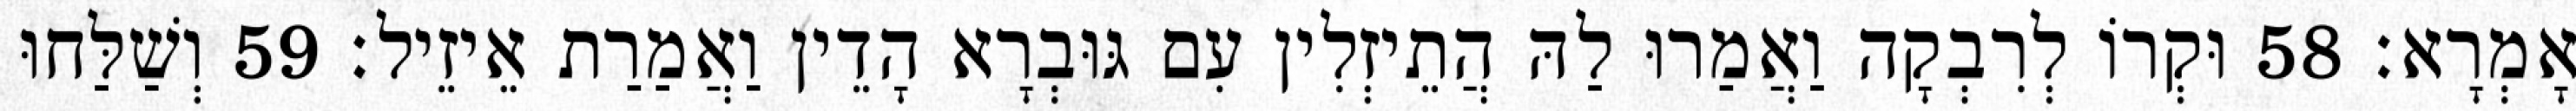
אָמְרָא׃ 58 וּקְרוֹ לְרִבְקָה וַאֲמַרוּ לַהּ הֲתֵיזְלִין עִם גּוּבְרָא הָדֵין וַאֲמַרַת אֵיזֵיל׃ 59 וְשַׁלַּחוּ